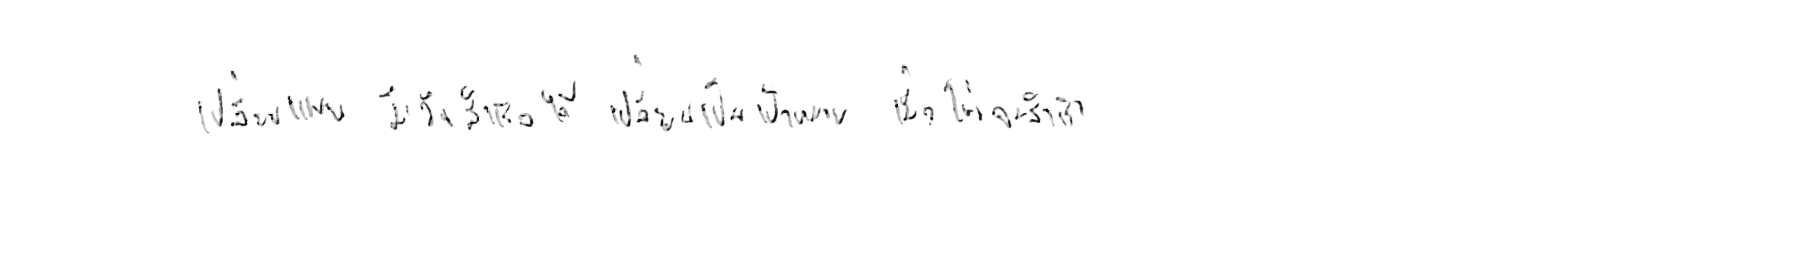
เปลี่ยนแผน มีวันสำเร็จได้ เปลี่ยนเป้าหมาย เมื่อไหร่จะสำเร็จ